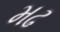
મઢ